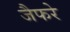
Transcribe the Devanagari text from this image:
जैफरे